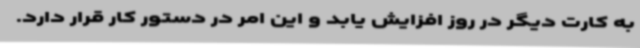
به کارت دیگر در روز افزایش یابد و این امر در دستور کار قرار دارد.